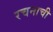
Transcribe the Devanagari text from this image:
रचनाची